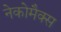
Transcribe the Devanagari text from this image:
नेकोमैक्स